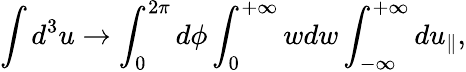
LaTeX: \int d^{3}u\rightarrow\int_{0}^{2\pi}d\phi\int_{0}^{+\infty}wdw\int_{-\infty}^{+\infty}du_{\parallel},